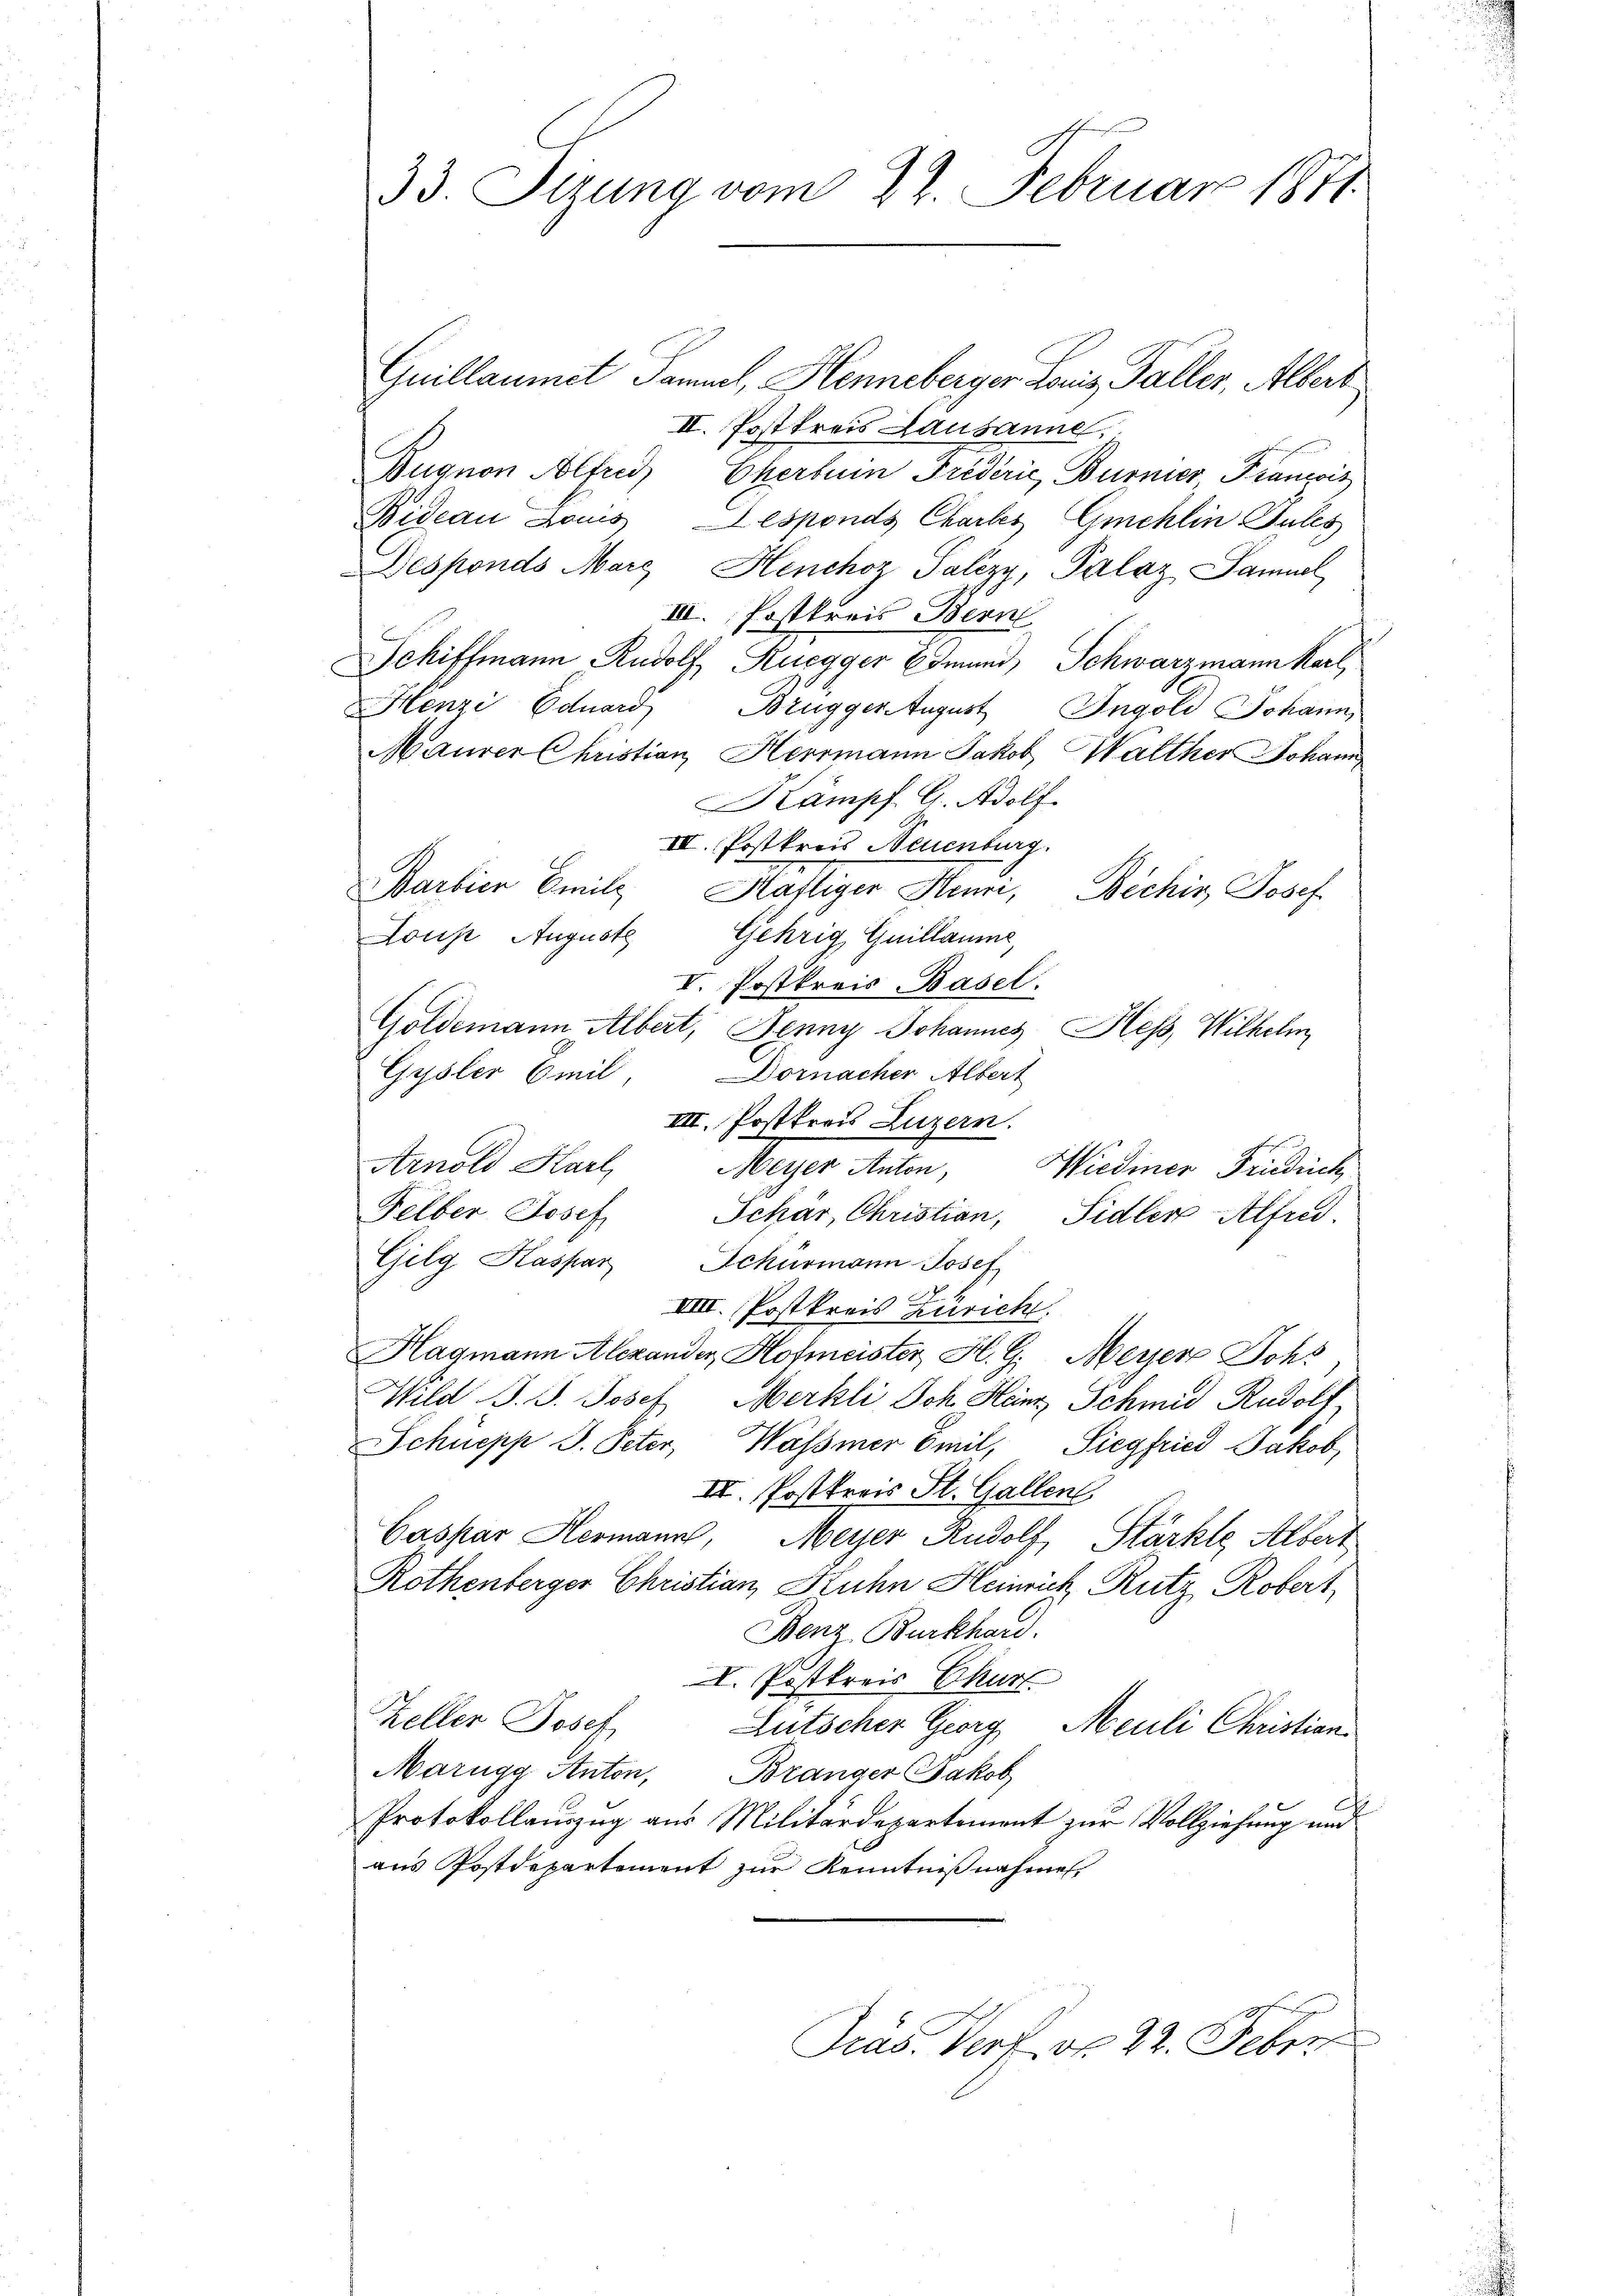
33. Sitzung vom 22. Februar 1871.

Guillaumet Sammel, Henneberger Louis Faller, Albert
II. Postkreis Lausanne,
Bugnon Alfred, Eherbum Friderić, Burner Francis
Bideau Louis Desponds Chartes Gmehlin Pules
Desponds Marg Henchoz Palizy, Palaz Samuel
III. Postkreis Bern
Schiffmann Rudolf, Ruegger Emand, Schwarzmann Karl
Henzi Eduard
Brugger August Ingold Johann,
Maurer Christian Herrmann Jakob Walther Johann
Kämpf G. Adolf.
III. Postkreis Neuenburg.
Barbier Emilz Häfliger Heure, Bechis Josef
Gehrig Guillaume,
Lous Auguste
V. Postkreis Basel.
Goldemann Albert, Jenny Johannes Hess, Wilhelm
Gysler Emil Dornacher Albert
III. Postkreis Luzern.
Arnold Karl,
Meyer Anton,
Wiediner Fridrich
Felber Josef
Schär, Christian, Sidler Alfred
Gilg Kaspar Schürmann Josef
VIII. Postkreis Zürich.
Hagmann Alexander Hofmeister, H. G. Meyer Johs
Wild J. J. Josef Merkli Joh. Henr, Schmid Rudolf
Schüepp S. Peter, Wasser Emil, Siegfried Jakob
II. Postkreis St. Gallen
Caspar Hermann, Meyer Rudolf Stärkte Albert
Rothenberger Christian Kuhn Heinrich, Rutz Robert,
Benz Burkhard.
I. Postkreis Ekurs
Keller Josef
Lutscher Georg Meuli Christian
Marugg Anton, Branger Jakob
Protokollauszug aus Militärdepartement zur Vollziehung und
aus Postdepartement zur Kenntnißnahmen,
Präs. Verf. v. 22. Feber

u